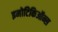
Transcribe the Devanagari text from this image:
इमोटिकिऑन्स